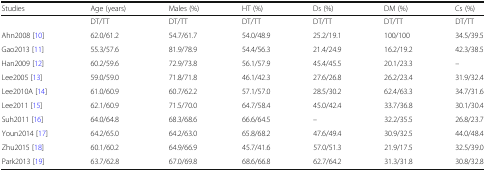
<table><thead><tr><td><b>Studies</b></td><td><b>Age (years)</b></td><td><b>Males (%)</b></td><td><b>HT (%)</b></td><td><b>Ds (%)</b></td><td><b>DM (%)</b></td><td><b>Cs (%)</b></td></tr></thead><tbody><tr><td></td><td>DT/TT</td><td>DT/TT</td><td>DT/TT</td><td>DT/TT</td><td>DT/TT</td><td>DT/TT</td></tr><tr><td>Ahn2008 [10]</td><td>62.0/61.2</td><td>54.7/61.7</td><td>54.0/48.9</td><td>25.2/19.1</td><td>100/100</td><td>34.5/39.5</td></tr><tr><td>Gao2013 [11]</td><td>55.3/57.6</td><td>81.9/78.9</td><td>54.4/56.3</td><td>21.4/24.9</td><td>16.2/19.2</td><td>42.3/38.5</td></tr><tr><td>Han2009 [12]</td><td>60.2/59.6</td><td>72.9/73.8</td><td>56.1/57.9</td><td>45.4/45.5</td><td>20.1/23.3</td><td>–</td></tr><tr><td>Lee2005 [13]</td><td>59.0/59.0</td><td>71.8/71.8</td><td>46.1/42.3</td><td>27.6/26.8</td><td>26.2/23.4</td><td>31.9/32.4</td></tr><tr><td>Lee2010A [14]</td><td>61.0/60.9</td><td>60.7/62.2</td><td>57.1/57.0</td><td>28.5/30.2</td><td>62.4/63.3</td><td>34.7/31.6</td></tr><tr><td>Lee2011 [15]</td><td>62.1/60.9</td><td>71.5/70.0</td><td>64.7/58.4</td><td>45.0/42.4</td><td>33.7/36.8</td><td>30.1/30.4</td></tr><tr><td>Suh2011 [16]</td><td>64.0/64.8</td><td>68.3/68.6</td><td>66.6/64.5</td><td>–</td><td>32.2/35.5</td><td>26.8/23.7</td></tr><tr><td>Youn2014 [17]</td><td>64.2/65.0</td><td>64.2/63.0</td><td>65.8/68.2</td><td>47.6/49.4</td><td>30.9/32.5</td><td>44.0/48.4</td></tr><tr><td>Zhu2015 [18]</td><td>60.1/60.2</td><td>64.9/66.9</td><td>45.7/41.6</td><td>57.0/51.3</td><td>21.9/17.5</td><td>32.5/39.0</td></tr><tr><td>Park2013 [19]</td><td>63.7/62.8</td><td>67.0/69.8</td><td>68.6/66.8</td><td>62.7/64.2</td><td>31.3/31.8</td><td>30.8/32.8</td></tr></tbody></table>